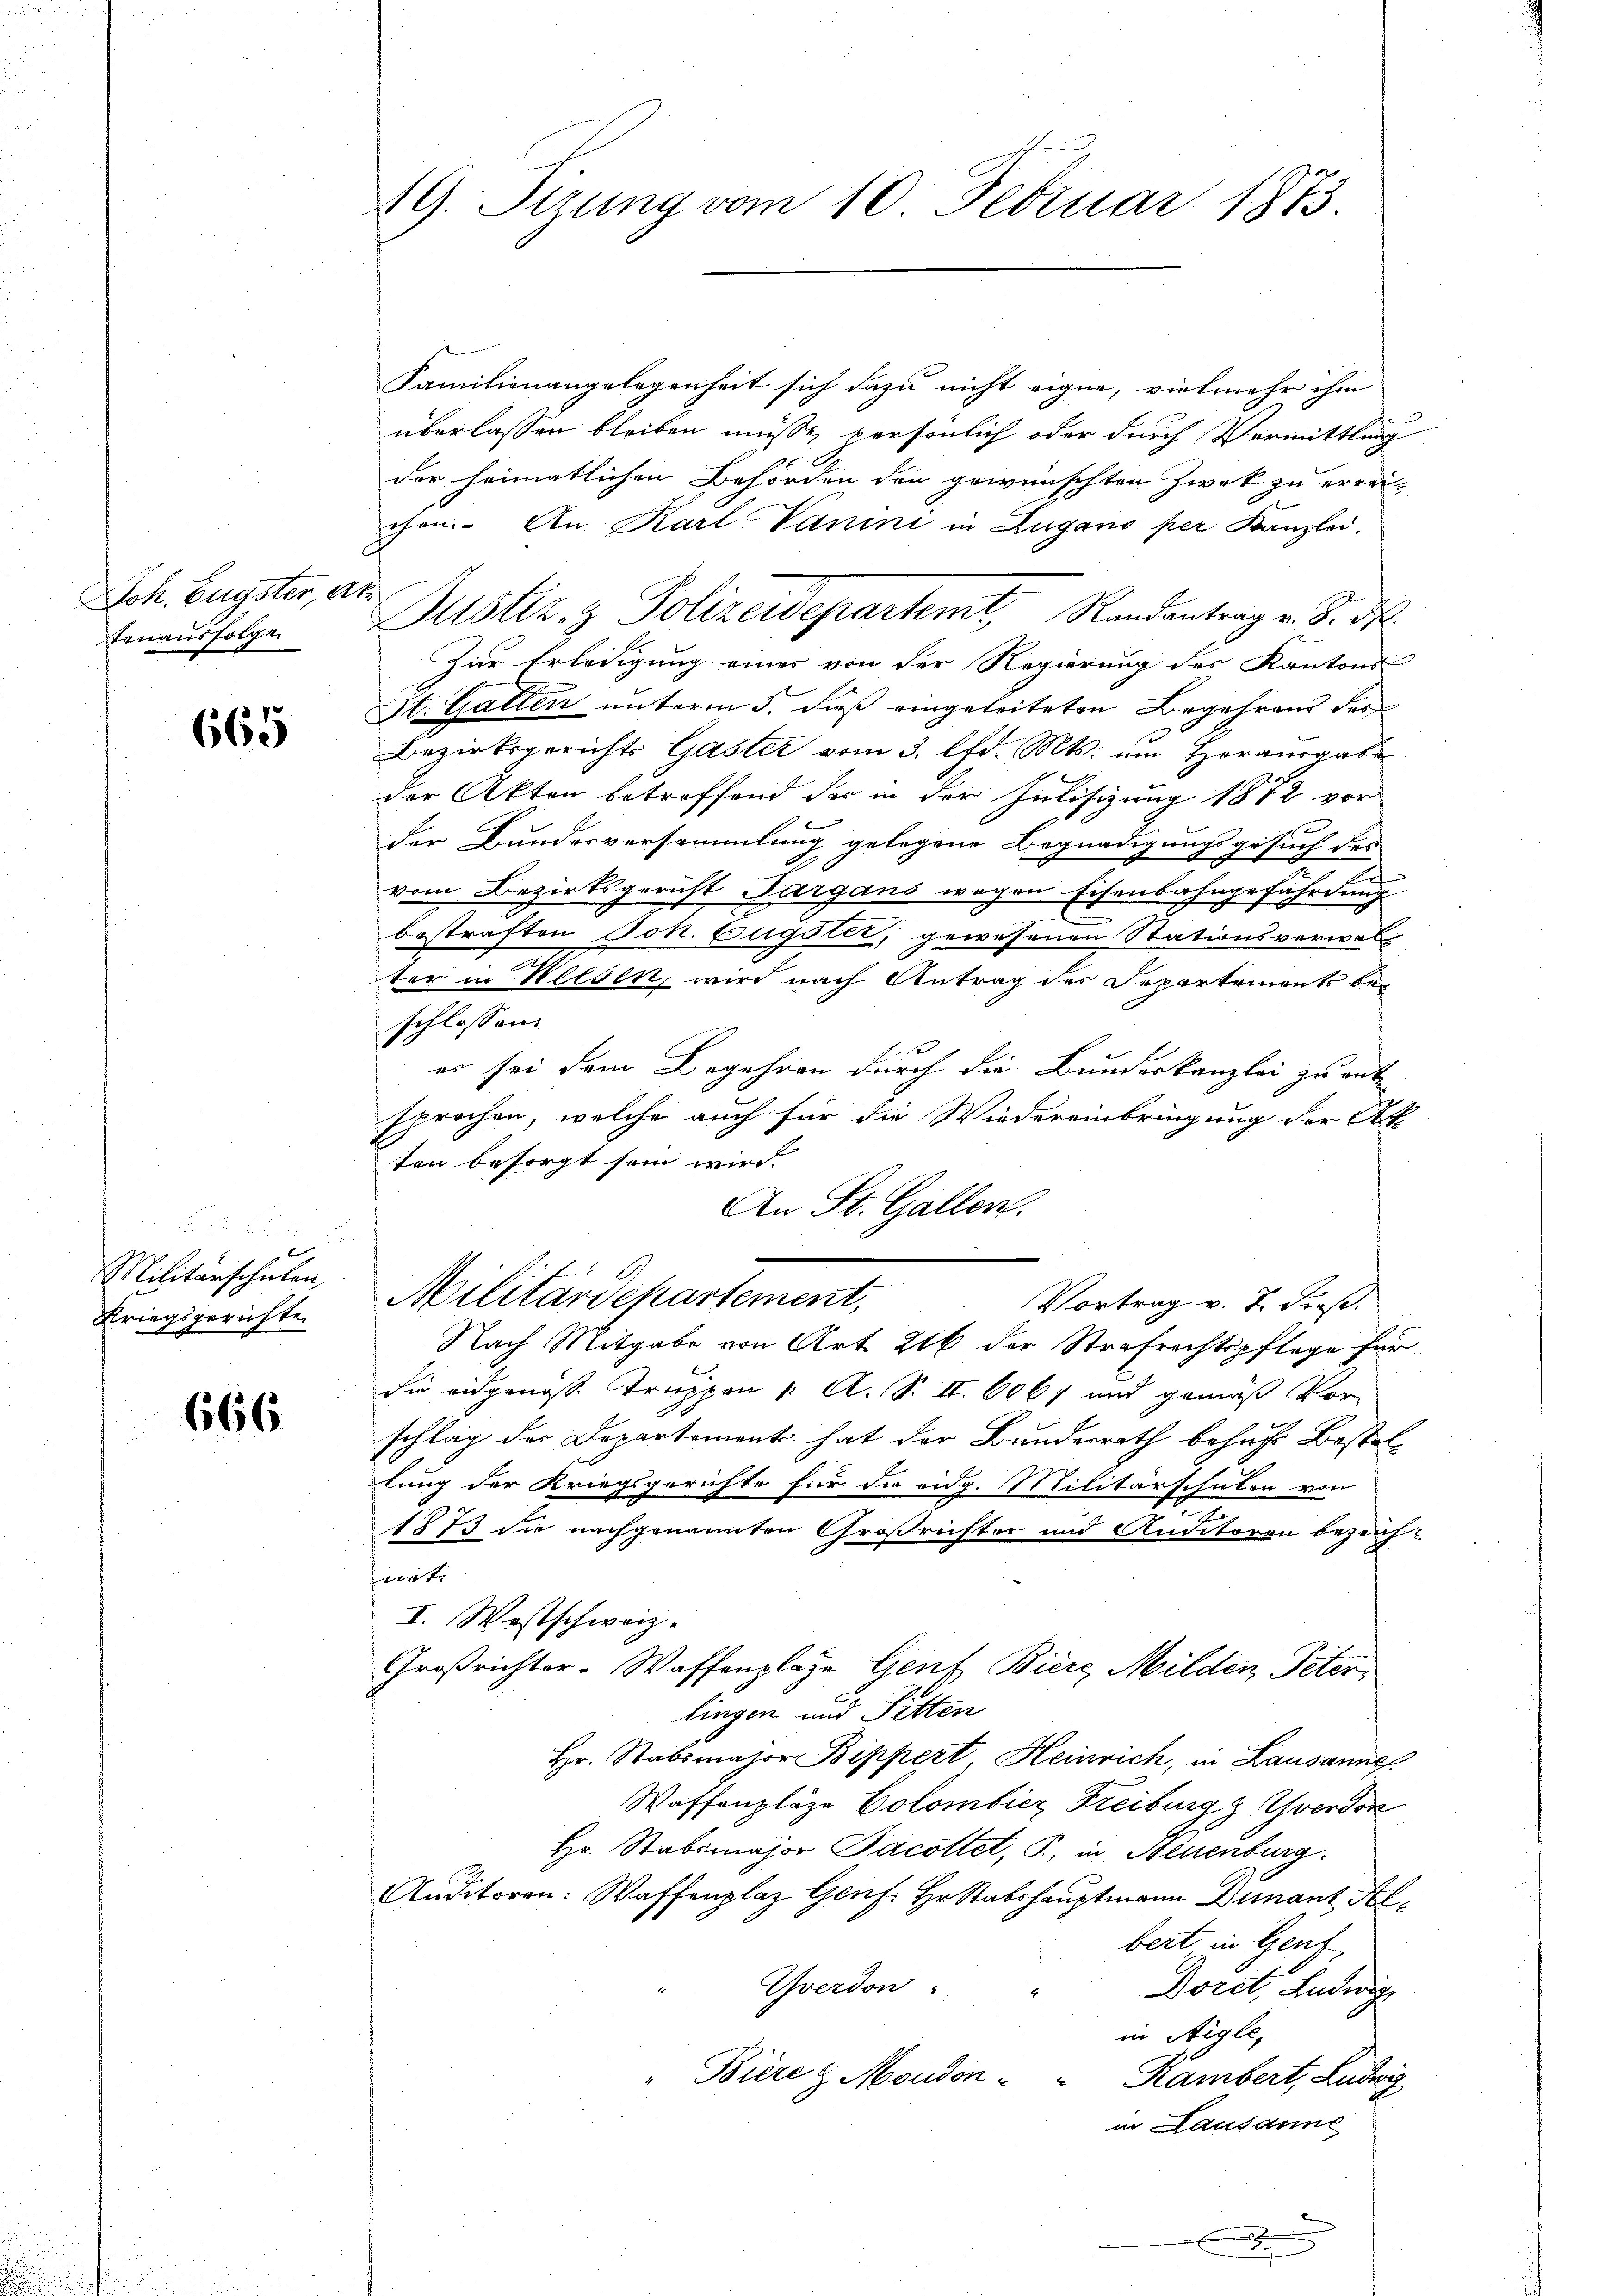
Joh. Eugster, St.
tenausfolge

665

x
Militärschulen,
Kriegsgerichte.

666

n

19. Sizung vom 10. Februar 1873.

Familienangelegenheit sich dazu nicht eigne, vielmehr ihm
überlassen bleiben müsse, persönlich oder durch Vormittlung
der heimatlichen Behörden den gewünschten Zwek zu errei-
chen. An Karl Vanini in Lugano per Kanzlei.
Justiz- & Polizeidepartemt, Randantrag v. 8. d.
Zur Erledigung eines von der Regierung des Kantons
St. Gallen unterm 5. dieß eingeleiteten Begehrend des
Bezirksgerichts Gaster vom 3. lfd. Mts. um Herausgabe
der Akten betreffend der in der Julisizung 1872 vor
der Bundesversammlung gelegene Begnadigungsgesuch des
vom Bezirksgericht Sargaus wegen Eisenbahngefährdung
bestraften Joh. Engstet, gewesenen Stationsverwal
ter in Welsen, wird nach Antrag der Departements beschlossen
er sei dem Begehren durch die Bundeskanzlei zu ant
sprochen, welche auch für die Wiedereinbringung der At
ton besorgt sein wird.
An St. Gallen.
Militärdepartement,
Vortrag v. 7. dieß.
Nach Mitgabe von Art. 216 der Strafrechtspflege für
die eidgenosse Truppen 1. A. S. II. 6067 und gemäß Vor-
schlag der Departement hat der Bundesrath behufs Bestellung der Kriegsgerichte für die aug. Militärschulen von
1873 die nachgenannten Großrichter und Auditoren bezeich-
nat. |
I. Westschweiz.
Großrichter-Waffenplaze Genf Biere Milden Peter,
lingen und Pitten
Hr. Stabsmajor Bippert Heinrich, in Lausanne
Waffenplaze Colombier Freiburg z Yverdon
Hr. Stabsmajor Jacottet, J., in Neuenburg.
Auditoren: Waffenplaz Genf Hr. Stabshauptmann Dunant Albert in Genf,
Yverdon
Doret, Ludwig
in Aigle,
Biere & Moudon - " Rambert, Ludwig
in Lausanne